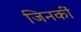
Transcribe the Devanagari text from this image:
जिनकीं